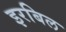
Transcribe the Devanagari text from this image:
इरबिल